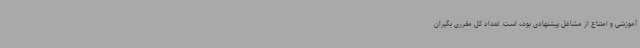
آموزشی و امتناع از مشاغل پیشنهادی بوده است. تعداد کل مقرری بگیران